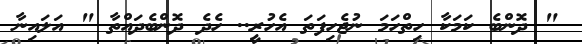
" ދޮންބެ ކަމަކާ ހިތްހަމަ ނުޖެހިފަތަ އެހުރީ.. ހެދެ ދޮންބެދައްތާ " އަލައިނާ